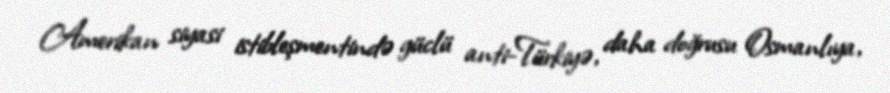
Amerikan siyasi istibleşmentində güclü anti-Türkiyə, daha doğrusu Osmanlıya,